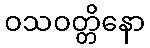
ဝသဝတ္တိနော